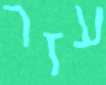
עזר